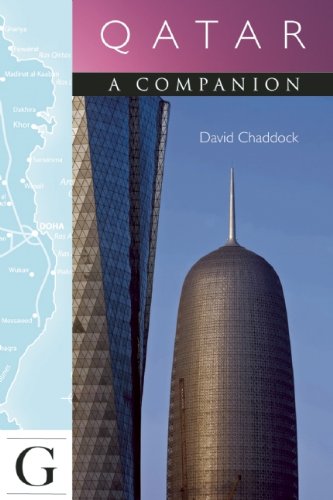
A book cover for Qatar - A Companion (Companion Guides); David Chaddock; History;